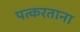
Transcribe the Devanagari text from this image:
पत्करताना